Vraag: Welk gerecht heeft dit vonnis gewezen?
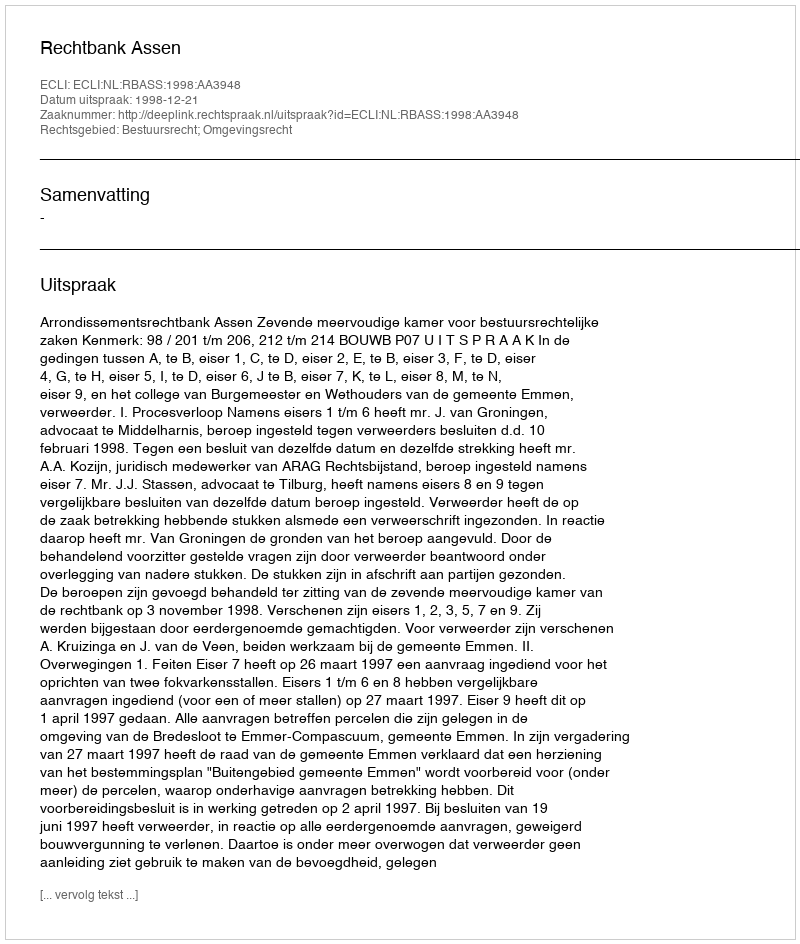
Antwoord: Rechtbank Assen